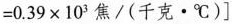
$$=0.39\times 103焦/(千克\cdot ^{\circ}C)]$$